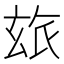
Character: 玈